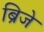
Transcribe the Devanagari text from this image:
ब्रिजे